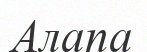
Алапа